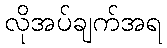
လိုအပ်ချက်အရ